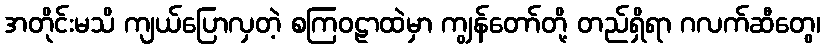
အတိုင်းမသိ ကျယ်ပြောလှတဲ့ စကြဝဠာထဲမှာ ကျွန်တော်တို့ တည်ရှိရာ ဂလက်ဆီတွေ၊